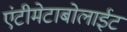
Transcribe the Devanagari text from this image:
एंटीमेटाबोलाईट